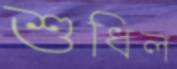
শুধিল